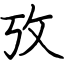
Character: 攷